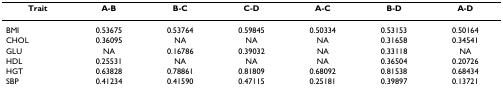
<table><thead><tr><td><b>Trait</b></td><td><b>A-B</b></td><td><b>B-C</b></td><td><b>C-D</b></td><td><b>A-C</b></td><td><b>B-D</b></td><td><b>A-D</b></td></tr></thead><tbody><tr><td>BMI</td><td>0.53675</td><td>0.53764</td><td>0.59845</td><td>0.50334</td><td>0.53153</td><td>0.50164</td></tr><tr><td>CHOL</td><td>0.36095</td><td>NA</td><td>NA</td><td>NA</td><td>0.31658</td><td>0.34541</td></tr><tr><td>GLU</td><td>NA</td><td>0.16786</td><td>0.39032</td><td>NA</td><td>0.33118</td><td>NA</td></tr><tr><td>HDL</td><td>0.25531</td><td>NA</td><td>NA</td><td>NA</td><td>0.36504</td><td>0.20726</td></tr><tr><td>HGT</td><td>0.63828</td><td>0.78861</td><td>0.81809</td><td>0.68092</td><td>0.81538</td><td>0.68434</td></tr><tr><td>SBP</td><td>0.41234</td><td>0.41590</td><td>0.47115</td><td>0.25181</td><td>0.39897</td><td>0.13721</td></tr></tbody></table>